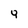
Character: Y